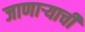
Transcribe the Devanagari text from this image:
जाणार्‍याची